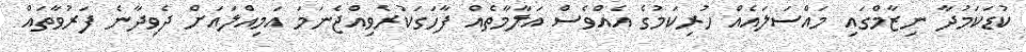
ކުޑަކަމުދާ ނިޒާމްގައި މައްސަލައެއް ހުރިކަމުގެ އެއްވެސް އަލާމާތެއް ފާހަގަކުރެވިއްޖެނަމަ އަމިއްލައަށް ދެވިދާނެ ފަރުވާތައް